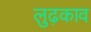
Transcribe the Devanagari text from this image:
लुढ़काव